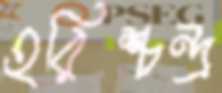
হরিশ্চন্দ্র